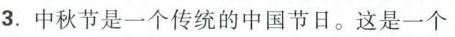
3.中秋节是一个传统的中国节日。这是一个